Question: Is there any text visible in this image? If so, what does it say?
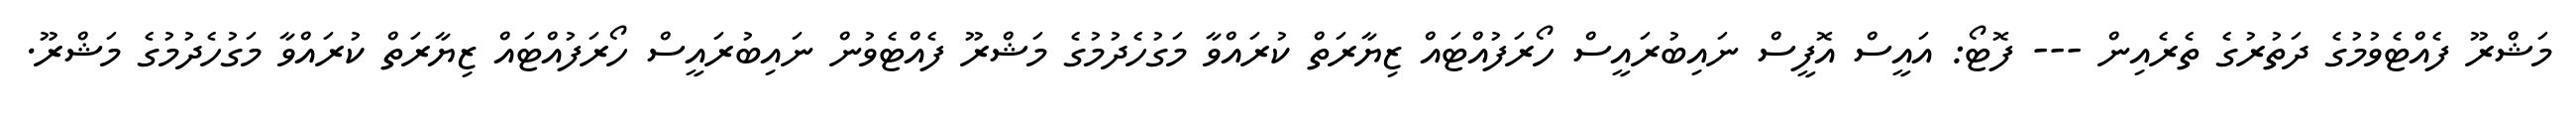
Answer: މަޝްރޫ ފެއްޓެވުމުގެ ދަތުރުގެ ތެރެއިން --- ފޮޓޯ: އައީސް އޮފީސް ނައިބުރައީސް ހޯރަފުއްޓައް ޒިޔާރަތް ކުރައްވާ މަގުހެދުމުގެ މަޝްރޫ ފެއްޓެވުން ނައިބުރައީސް ހޯރަފުއްޓައް ޒިޔާރަތް ކުރައްވާ މަގުހެދުމުގެ މަޝްރޫ.